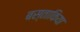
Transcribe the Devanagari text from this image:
बस्ताकिया